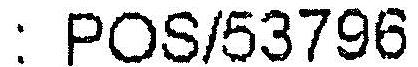
: POS/53796